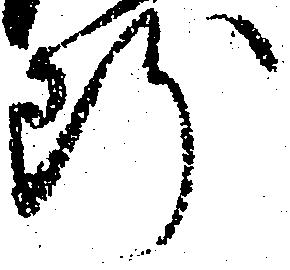
断